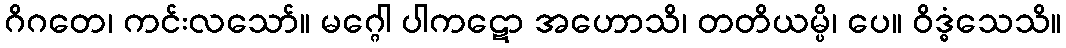
ဂိဂတေ၊ ကင်းလသော်။ မဂ္ဂေါ ပါကဋော အဟောသိ၊ တတိယမ္ပိ၊ ပေ။ ဝိဒ္ဓံသေသိ။